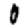
Digit: 0